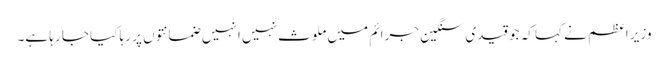
وزیر اعظم نے کہا کہ جو قیدی سنگین جرائم میں ملوث نہیں انہیں ضمانتوں پر رہا کیا جا رہا ہے۔